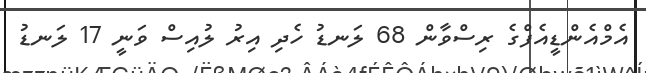
އެމްއެންޑީއެފްގެ ރިސްވާން 68 ލަނޑު ހެދި އިރު ލުއިސް ވަނީ 17 ލަނޑު